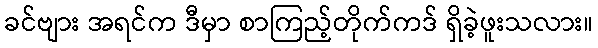
ခင်ဗျား အရင်က ဒီမှာ စာကြည့်တိုက်ကဒ် ရှိခဲ့ဖူးသလား။